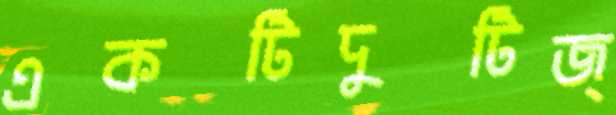
একটিদুটিজ্